Report on vaccination in Madras 1877-1894 - 1877-1894
Year: 1877
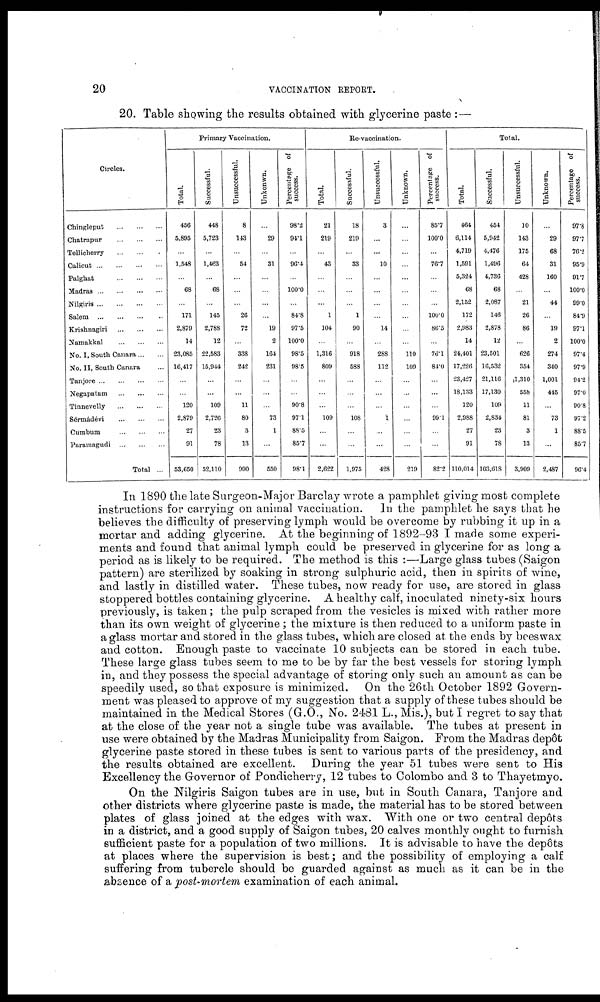
20
VACCINATION REPORT.
20. Table showing the results obtained with glycerine paste: —
Circles.
Chingleput
...
...
...
Chatrapur
...
...
...
Tellicherry
...
...
...
Calicut
...
...
...
Palghat
...
...
...
Madras
...
...
...
Nilgiris ... ... ... ...
Salem
...
...
...
Krishnagiri ... ... ... ...
Namakkal
...
...
...
No. I, South Canara ... ...
No. II, South Canara ...
Tanjore ... ... ... ...
Negapatam ... ... ... ...
Tinnevelly ... ... ... ...
Sérmádévi
...
...
...
Cumbum
...
...
...
Paramagudi
...
...
...
Total ...
Primary Vaccination.
Total.
456
5,895
...
1,548
...
68
...
171
2,879
14
23,085
16,417
...
...
120
2,879
27
91
53,650
Successful.
448
5,723
...
1,463
...
68
...
145
2,788
12
22,583
15,944
...
...
109
2,726
23
78
52,110
Unsuccessful.
8
143
...
54
...
...
...
26
72
...
338
242
...
...
11
80
3
13
990
Unkonwn.
...
29
...
31
...
...
...
...
19
2
164
231
...
...
...
73
1
...
550
Percentage of
success.
98.2
94.1
...
96.4
...
100.0
...
84.8
97.5
100.0
98.5
98.5
...
...
90.8
97.1
88.5
85.7
98.1
Re-vaccination.
Total.
21
219
...
43
...
...
...
1
104
...
1,316
809
...
...
...
109
...
...
2,622
Successful.
18
219
...
33
...
...
...
1
90
...
918
588
...
...
...
108
...
...
1,975
Unsuccessful.
3
...
...
10
...
...
...
...
14
...
288
112
...
...
...
1
...
...
428
Unknown.
...
...
...
...
...
...
...
...
...
...
110
109
...
...
...
...
...
...
219
Percentage of
success.
85.7
100.0
...
76.7
...
...
...
100.0
86.5
...
76.1
84.0
...
...
...
99.1
...
...
82.2
Total.
Total.
464
6,114
4,719
1,591
5,324
68
2,152
172
2,983
14
24,401
17,226
23,427
18,133
120
2,988
27
91
110,014
Successful.
454
5,942
4,476
1,496
4,736
68
2,087
146
2,878
12
23,501
16,532
21,116
17,130
109
2,834
23
78
103,618
Unsuccessful.
10
143
175
64
428
...
21
26
86
...
626
354
1,310
558
11
81
3
13
3,909
Unknown.
...
29
68
31
160
...
44
...
19
2
274
340
1,001
445
...
73
1
...
2,487
Percentage of
success.
97.8
97.7
76.2
95.9
91.7
100.0
99.0
84.9
97.1
100.0
97.4
97.9
94.2
97.0
90.8
97.2
88.5
85.7
96.4
In 1890 the late Surgeon-Major Barclay wrote a pamphlet giving most complete
instructions for carrying on animal vaccination. In the pamphlet he says that he
believes the difficulty of preserving lymph would be overcome by rubbing it up in a
mortar and adding glycerine. At the beginning of 1892-93 I made some experi-
ments and found that animal lymph could be preserved in glycerine for as long a
period as is likely to be required. The method is this :—Large glass tubes (Saigon
pattern) are sterilized by soaking in strong sulphuric acid, then in spirits of wine,
and lastly in distilled water. These tubes, now ready for use, are stored in glass
stoppered bottles containing glycerine. A healthy calf, inoculated ninety-six hours
previously, is taken; the pulp scraped from the vesicles is mixed with rather more
than its own weight of glycerine ; the mixture is then reduced to a uniform paste in
a glass mortar and stored in the glass tubes, which are closed at the ends by beeswax
and cotton. Enough paste to vaccinate 10 subjects can be stored in each tube.
These large glass tubes seem to me to be by far the best vessels for storing lymph
in, and they possess the special advantage of storing only such an amount as can be
speedily used, so that exposure is minimized. On the 26th October 1892 Govern-
ment was pleased to approve of my suggestion that a supply of these tubes should be
maintained in the Medical Stores (G.O., No. 2481 L., Mis.), but I regret to say that
at the close of the year not a single tube was available. The tubes at present in
use were obtained by the Madras Municipality from Saigon. From the Madras depôt
glycerine paste stored in these tubes is sent to various parts of the presidency, and
the results obtained are excellent. During the year 51 tubes were sent to His
Excellency the Governor of Pondicherry, 12 tubes to Colombo and 3 to Thayetmyo.
On the Nilgiris Saigon tubes are in use, but in South Canara, Tanjore and
other districts where glycerine paste is made, the material has to be stored between
plates of glass joined at the edges with wax. With one or two central depôts
in a district, and a good supply of Saigon tubes, 20 calves monthly ought to furnish
sufficient paste for a population of two millions. It is advisable to have the depôts
at places where the supervision is best; and the possibility of employing a calf
suffering from tubercle should be guarded against as much as it can be in the
absence of a post-mortem examination of each animal.